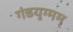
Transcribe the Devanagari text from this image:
गंडयुग्मम्